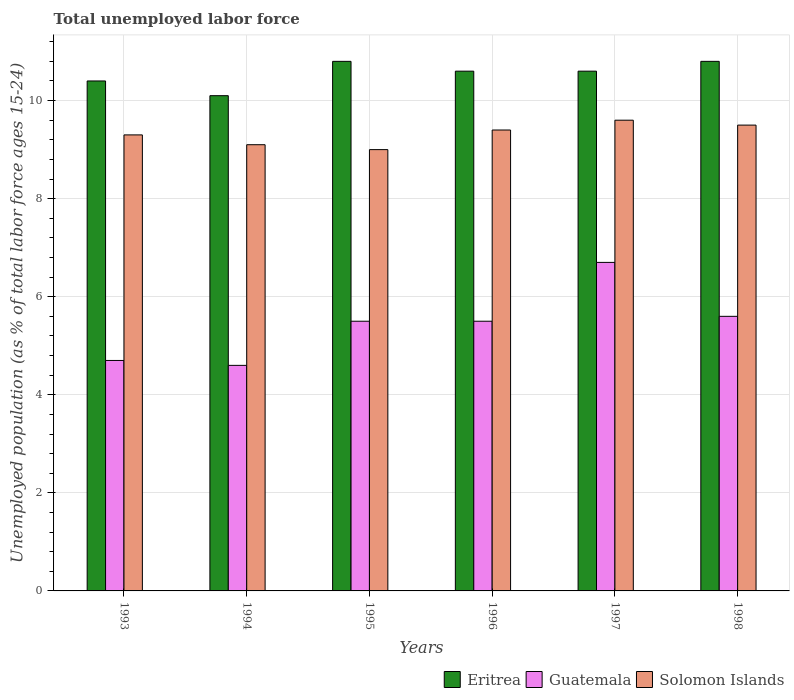
| Years | Eritrea | Guatemala | Solomon Islands |
 | --- | --- | --- | --- |
 | 1993 | 10.4 | 4.7 | 9.3 |
 | 1994 | 10.1 | 4.6 | 9.1 |
 | 1995 | 10.8 | 5.5 | 9 |
 | 1996 | 10.6 | 5.5 | 9.4 |
 | 1997 | 10.6 | 6.7 | 9.6 |
 | 1998 | 10.8 | 5.6 | 9.5 |